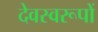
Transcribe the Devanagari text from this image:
देवस्वरूपों